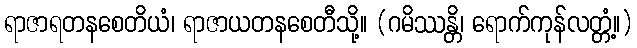
ရာဇာရတနစေတိယံ၊ ရာဇာယတနစေတီသို့။ (ဂမိဿန္တိ၊ ရောက်ကုန်လတ္တံ့။)